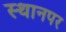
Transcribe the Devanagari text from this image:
स्‍थानपर